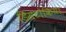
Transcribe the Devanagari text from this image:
डिसटोकिया